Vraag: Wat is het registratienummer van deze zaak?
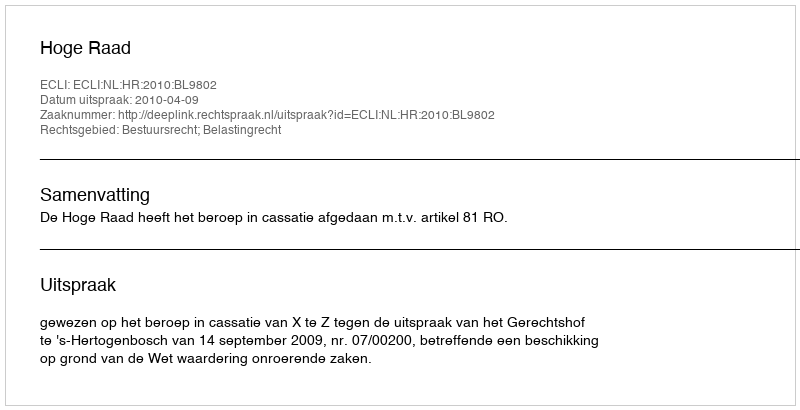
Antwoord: http://deeplink.rechtspraak.nl/uitspraak?id=ECLI:NL:HR:2010:BL9802